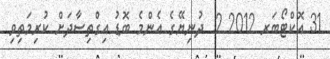
31 އޮކްޓޯބަރ 2012 2  ދުނިޔޭގެ އެންމެ ބޮޑު އިގްތިސާދަށް ކުރިމަތިވި